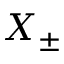
X _ { \pm }